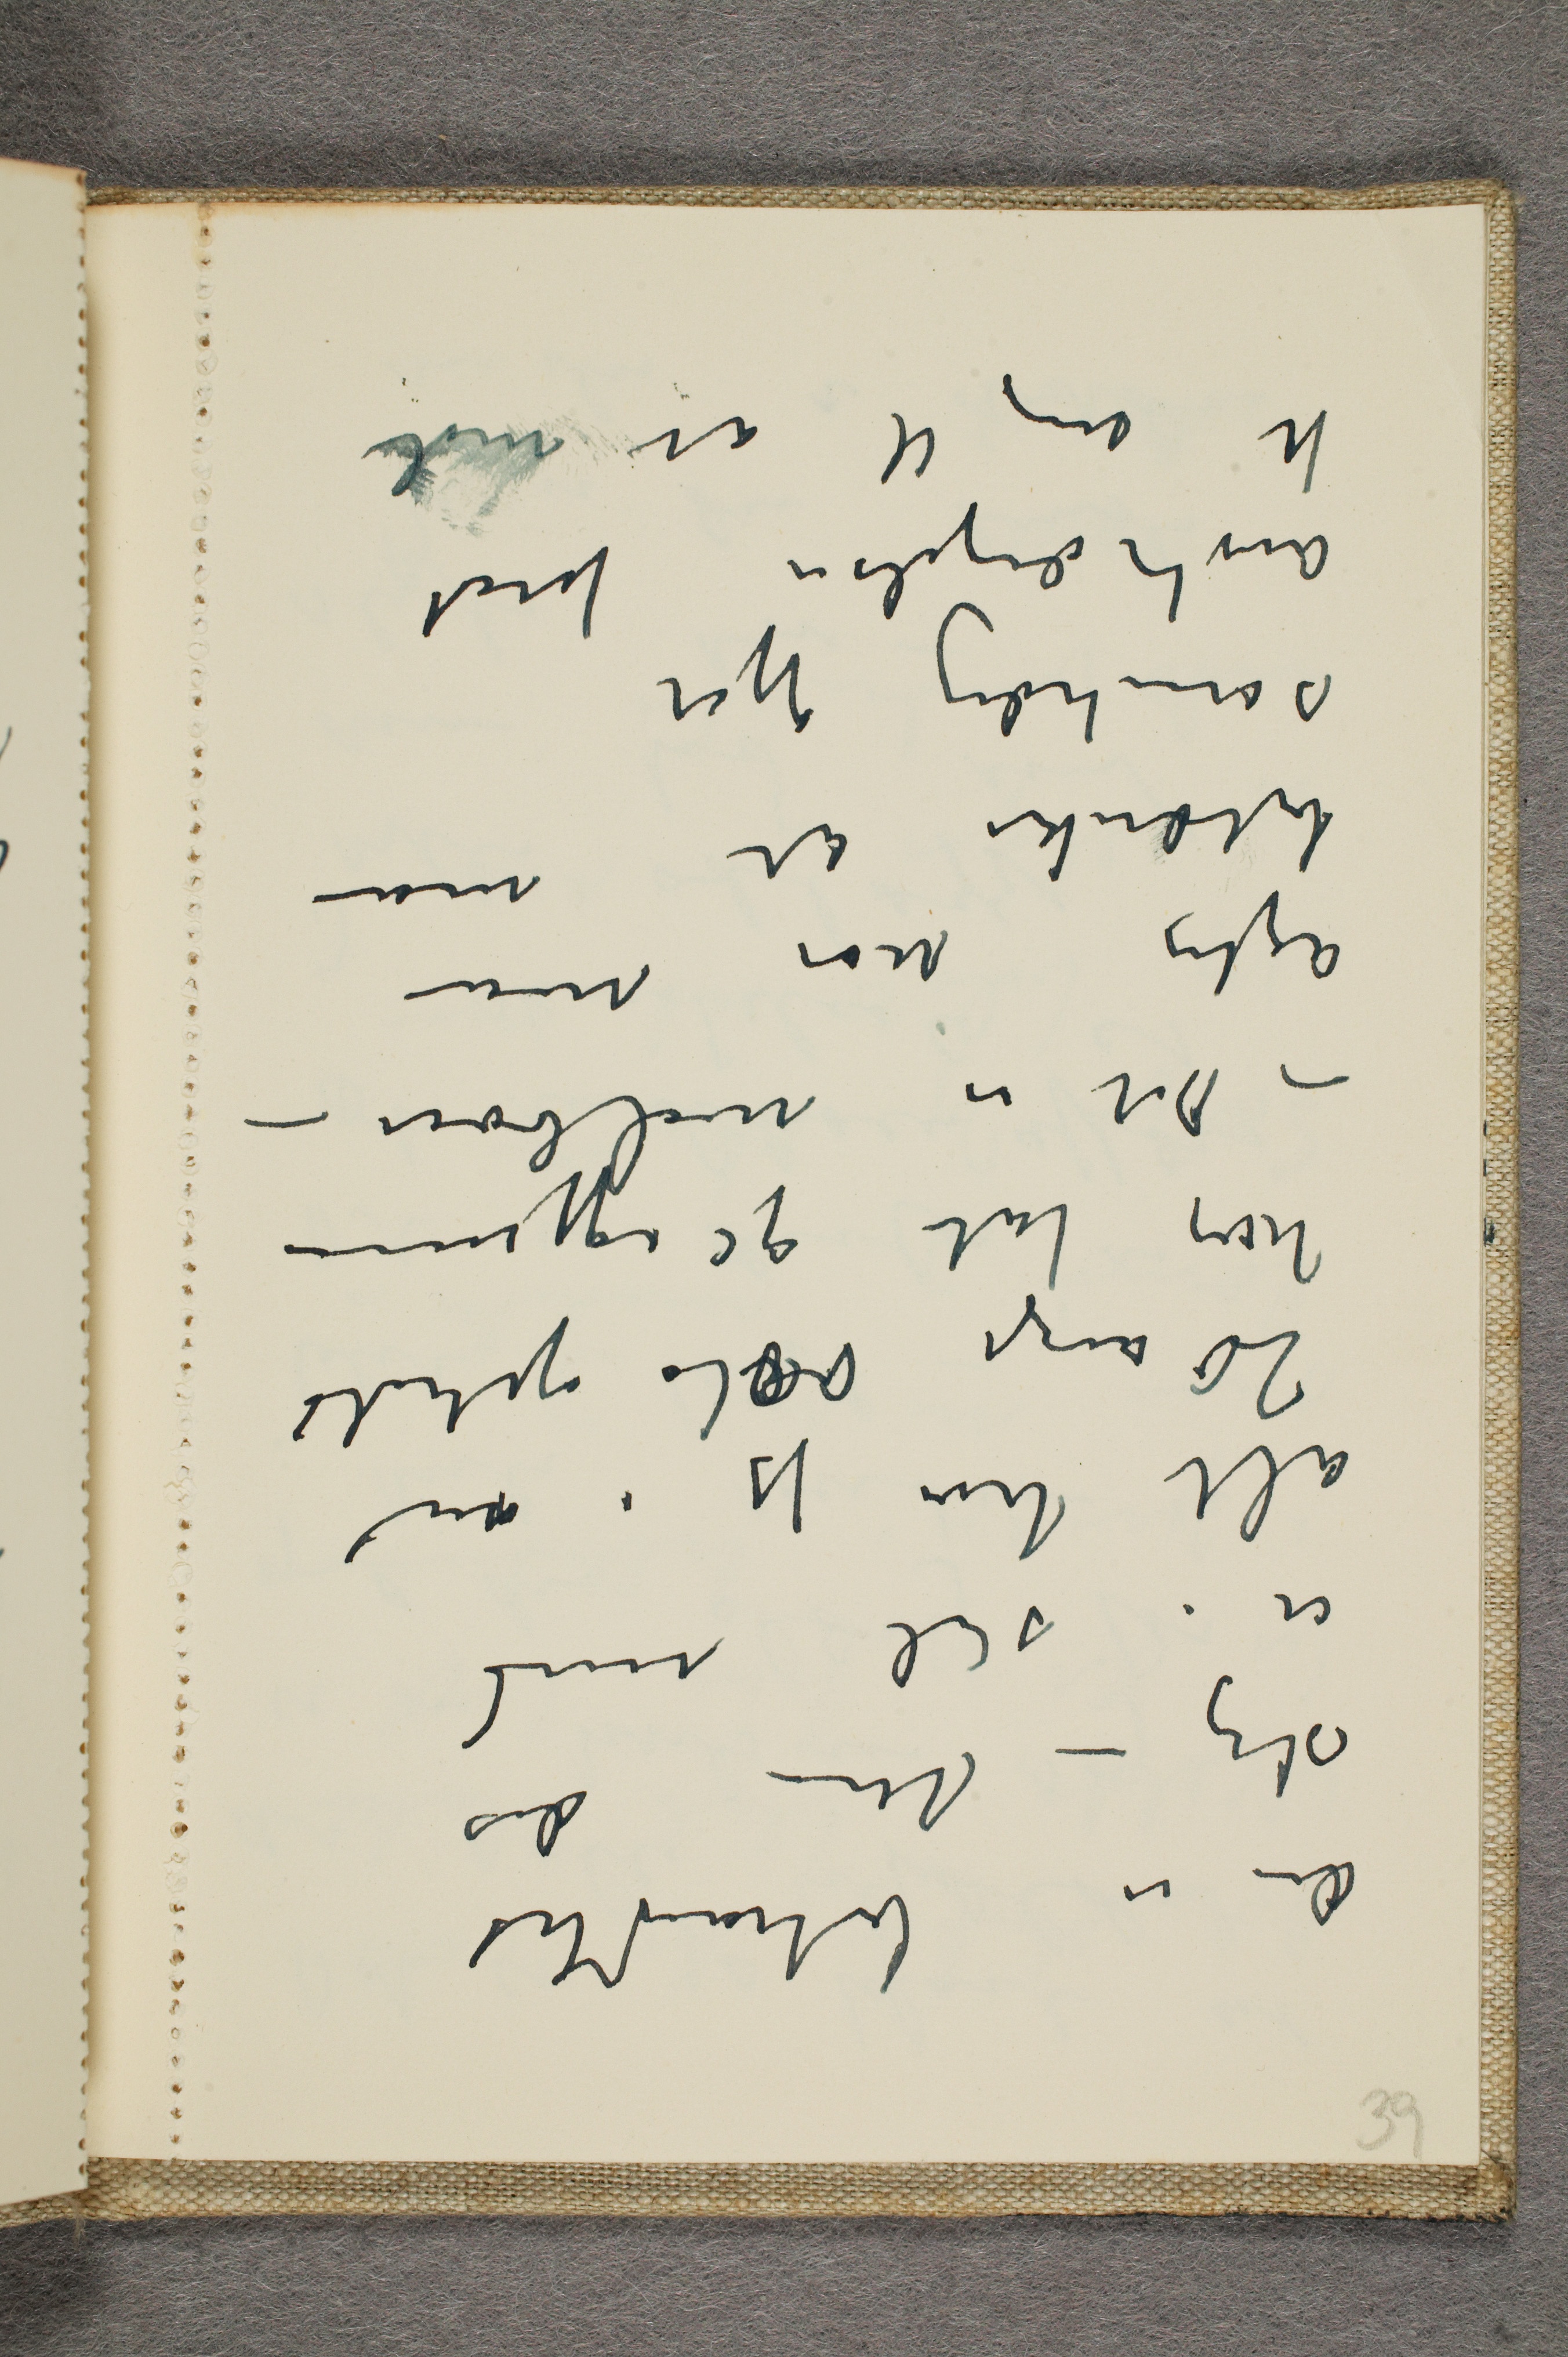
der er behandlet
slig – men det
er i stil med
alt hva jeg i mit
20 årige Oslo ophold
har fåt gå igjennom
- Det er molboer-
agtig når man
betænker at man
samtidig gjør
anstrængelser forat
få mig til at male